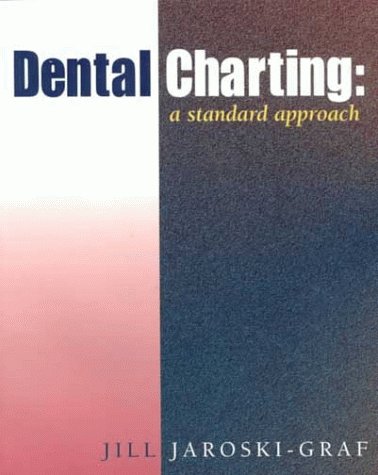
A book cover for Dental Charting: A Standard Approach; Jill Jaroski Graf; Medical Books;